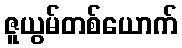
ဇူယွမ်တစ်ယောက်